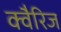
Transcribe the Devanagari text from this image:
क्वैरिज